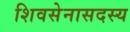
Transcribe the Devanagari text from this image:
शिवसेनासदस्य